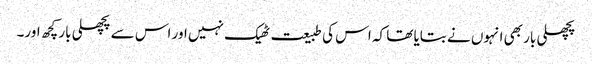
پچھلی بار بھی انہوں نے بتایا تھا کہ اس کی طبیعت ٹھیک نہیں اور اس سے پچھلی بار کچھ اور۔